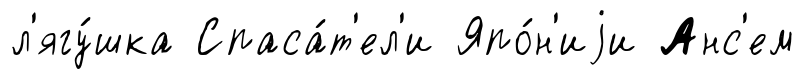
л'ягу́шка Спаса́т'ел'и Япо́н'иjи Анс'ем